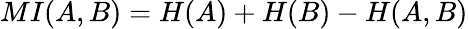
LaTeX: MI(A,B)=H(A)+H(B)-H(A,B)